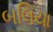
બલિયા